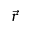
\vec { r }